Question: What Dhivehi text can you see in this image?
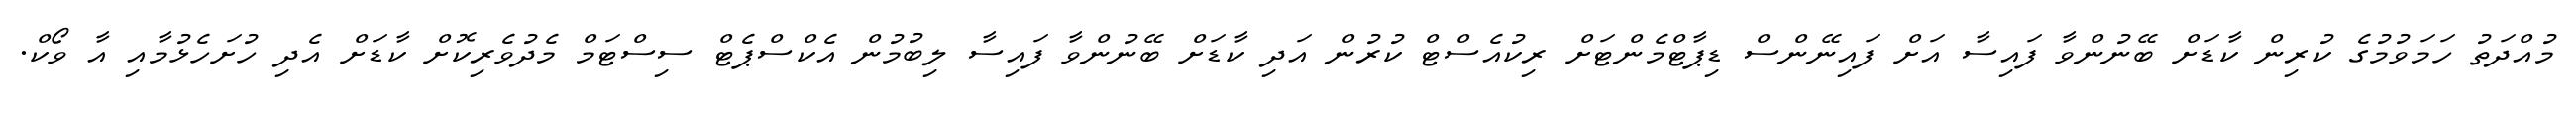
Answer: މުއްދަތު ހަމަވުމުގެ ކުރިން ކާޑަށް ބޭނުންވާ ފައިސާ އަށް ފައިނޭންސް ޑިޕާޓްމެންޓަށް ރިކުއެސްޓް ކުރުން އަދި ކާޑަށް ބޭނުންވާ ފައިސާ ލިބުމުން އެކްސްޕެޓް ސިސްޓަމް މެދުވެރިކޮށް ކާޑަށް އެދި ހުށަހެޅުމާއި އާ ވޯކް.